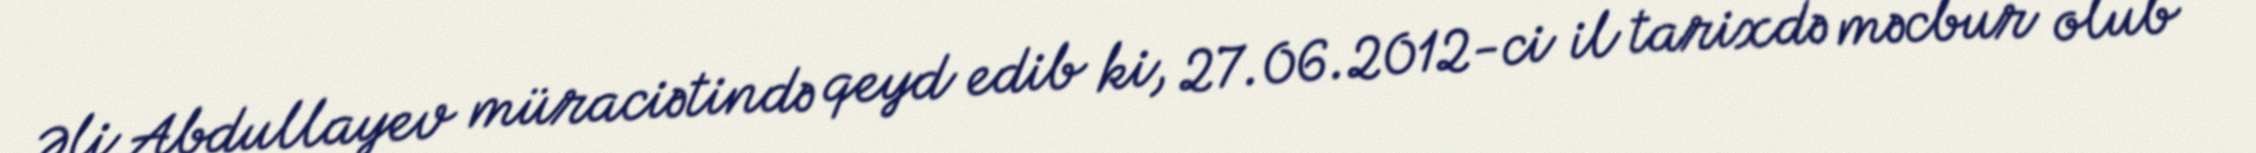
Əli Abdullayev müraciətində qeyd edib ki, 27.06.2012-ci il tarixdə məcbur olub